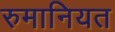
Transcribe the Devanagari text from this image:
रुमानियत